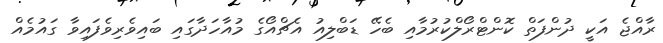
ރާއްޖެ އަކީ ދުންފަތް ކޮންޓްރޯލްކުރުމާއި ބެހޭ ޑަބްލިއު އެޗްއޯގެ މުއާހަދާގައި ބައިވެރިވެފައިވާ ގައުމެއް